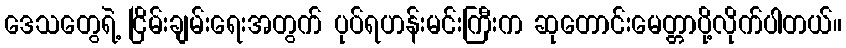
ဒေသတွေရဲ့ ငြိမ်းချမ်းရေးအတွက် ပုပ်ရဟန်းမင်းကြီးက ဆုတောင်းမေတ္တာပို့လိုက်ပါတယ်။